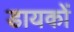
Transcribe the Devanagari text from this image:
डायकों